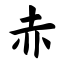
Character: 赤